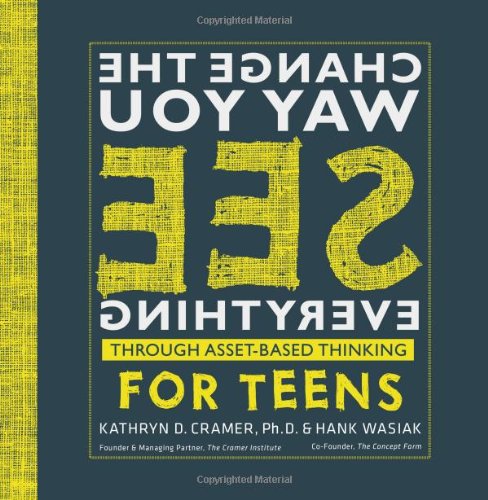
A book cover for Change the Way You See Everything Through Asset-Based Thinking for Teens; Kathryn D. Cramer  Ph.D.; Teen & Young Adult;